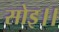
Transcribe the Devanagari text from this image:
सोइ।।